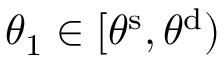
{ \theta } _ { 1 } \in [ { \theta } ^ { \mathrm { { s } } } , { \theta } ^ { \mathrm { { d } } } )